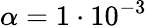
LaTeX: \alpha=1\cdot 10^{-3}